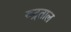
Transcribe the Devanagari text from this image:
रुद्रताल